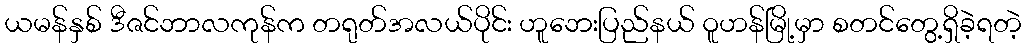
ယမန်နှစ် ဒီဇင်ဘာလကုန်က တရုတ်အလယ်ပိုင်း ဟူဘေးပြည်နယ် ဝူဟန်မြို့မှာ စတင်တွေ့ရှိခဲ့ရတဲ့